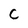
Character: C